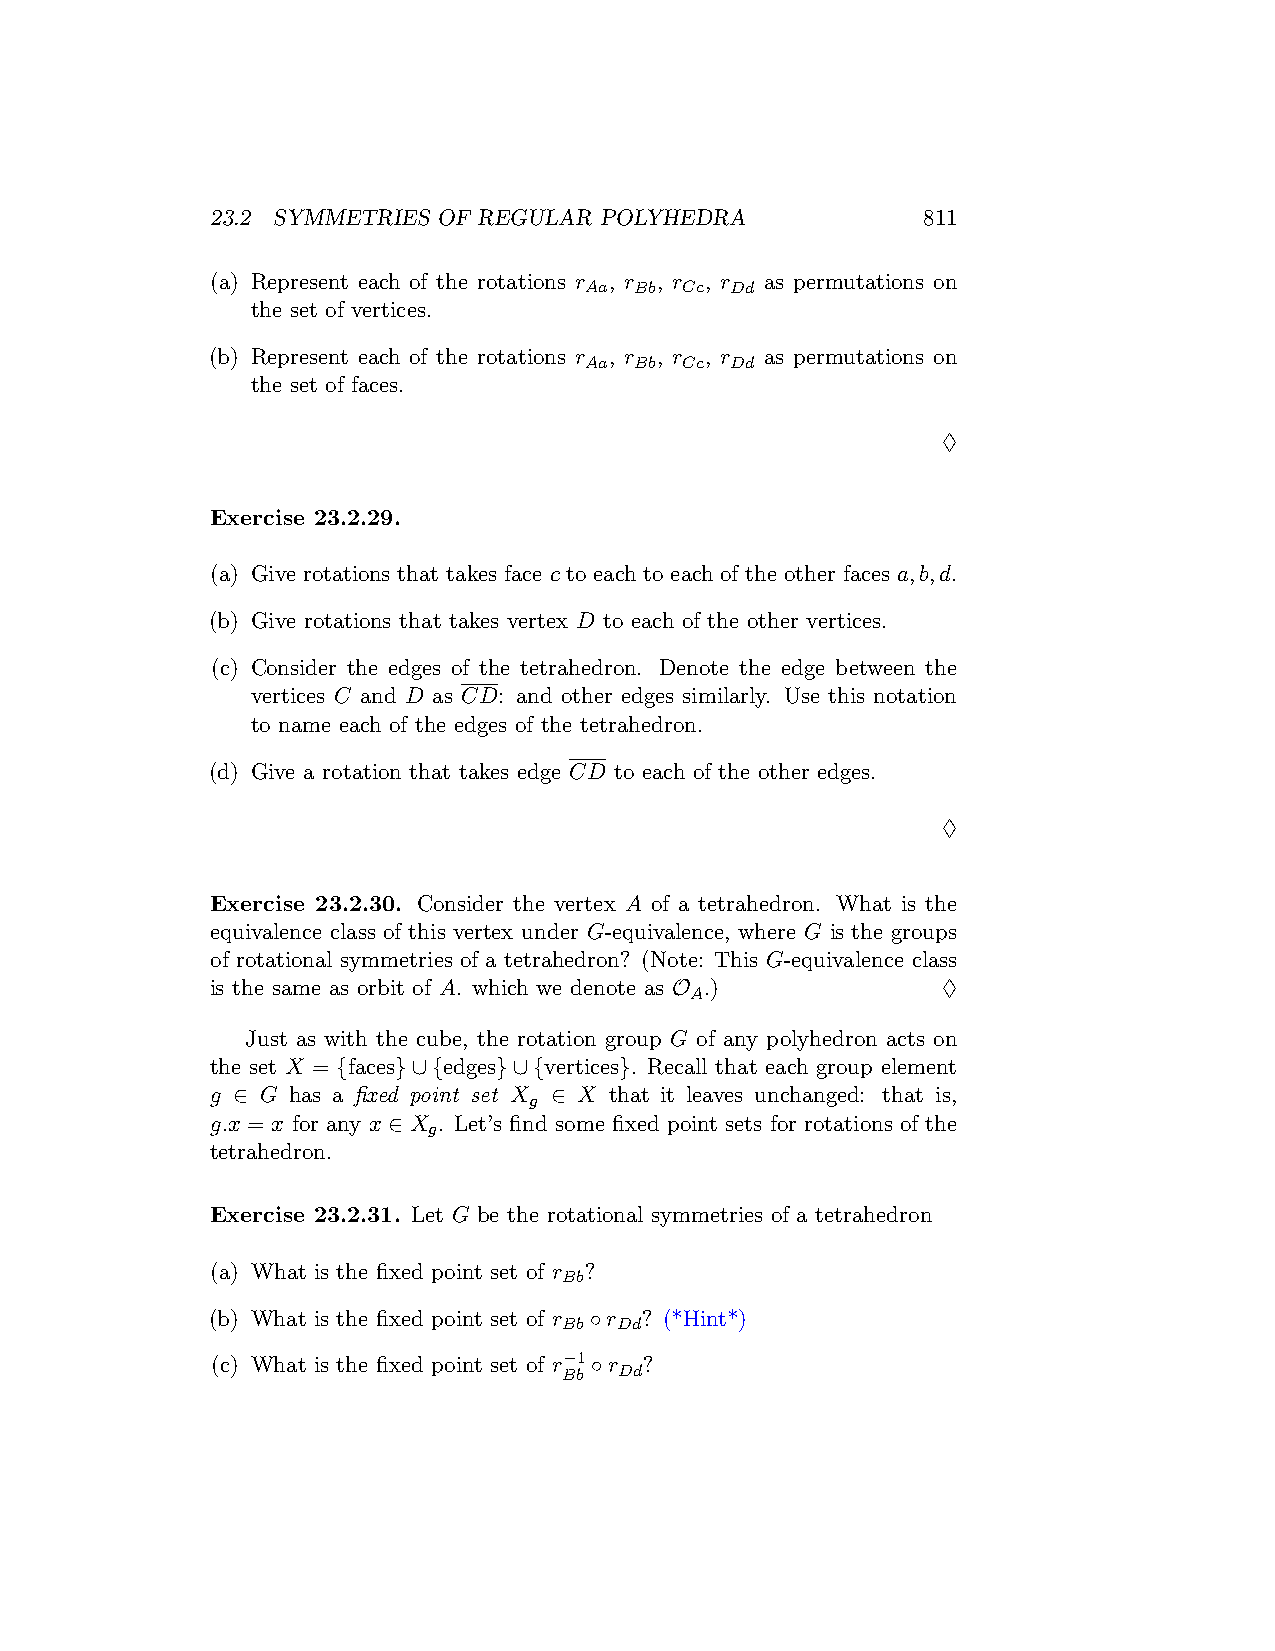
23.2 SYMMETRIES OF REGULAR POLYHEDRA           811
 (a) Represent each of the rotations r , r , r , r as permutations on
 Aa Bb Cc Dd
 the set of vertices.
 (b) Represent each of the rotations r , r , r , r as permutations on
 Aa Bb Cc Dd
 the set of faces.
 ♢
 Exercise 23.2.29.
 (a) Give rotations that takes face c to each to each of the other faces a,b,d.
 (b) Give rotations that takes vertex D to each of the other vertices.
 (c) Consider the edges of the tetrahedron. Denote the edge between the
 vertices C and D as CD: and other edges similarly. Use this notation
 to name each of the edges of the tetrahedron.
 (d) Give a rotation that takes edge CD to each of the other edges.
 ♢
 Exercise 23.2.30. Consider the vertex A of a tetrahedron. What is the
 equivalence class of this vertex under G-equivalence, where G is the groups
 of rotational symmetries of a tetrahedron? (Note: This G-equivalence class
 is the same as orbit of A. which we denote as O .) ♢
 A
 Just as with the cube, the rotation group G of any polyhedron acts on
 the set X = {faces}∪{edges}∪{vertices}. Recall that each group element
 g ∈ G has a fixed point set X ∈ X that it leaves unchanged: that is,
 g
 g.x = x for any x ∈ X . Let’s find some fixed point sets for rotations of the
 g
 tetrahedron.
 Exercise 23.2.31. Let G be the rotational symmetries of a tetrahedron
 (a) What is the fixed point set of r ?
 Bb
 (b) What is the fixed point set of r ◦r ? (*Hint*)
 Bb  Dd
 (c) What is the fixed point set of r−1◦r ?
 Bb  Dd